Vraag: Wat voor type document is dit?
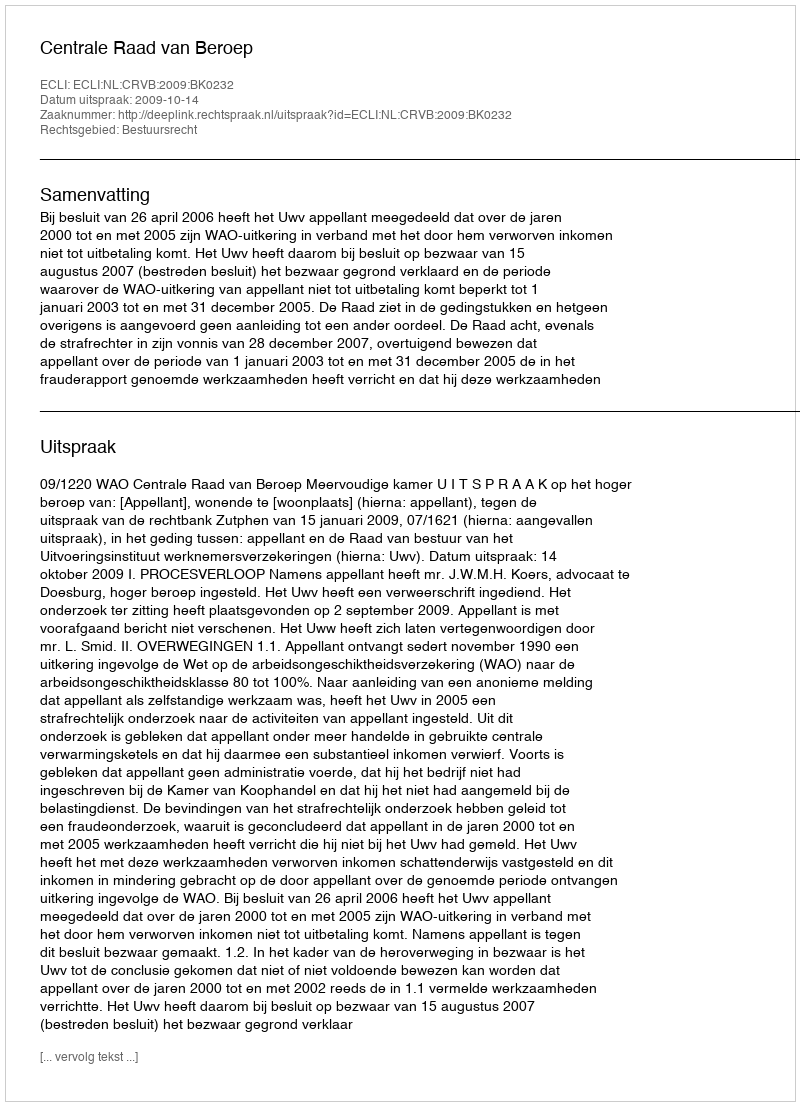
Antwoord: Uitspraak